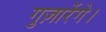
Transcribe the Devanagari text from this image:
गुज़ारेंगे।